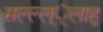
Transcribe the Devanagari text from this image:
सल्ल्ल््लाहु